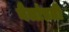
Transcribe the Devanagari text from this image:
बैलांप्रती